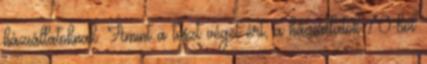
háziállatoknak. Amint a teszt véget ért, a háziállatok 70-ből